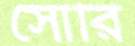
সোরি